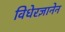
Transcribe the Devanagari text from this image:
विधेरज्ञानेन